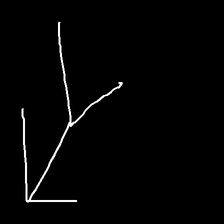
Glyph: gather